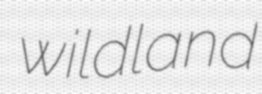
wildland